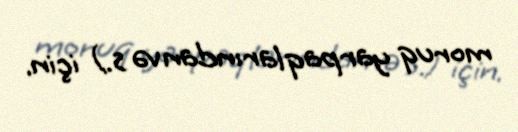
moruq yarpaqlarından və s.) için.